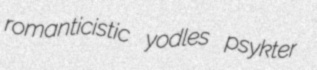
romanticistic yodles psykter